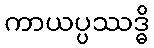
ကာယပ္ပဿဒ္ဓိ